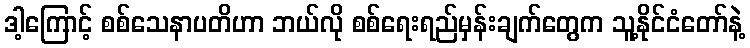
ဒါ့ကြောင့် စစ်သေနာပတိဟာ ဘယ်လို စစ်ရေးရည်မှန်းချက်တွေက သူ့နိုင်ငံတော်နဲ့